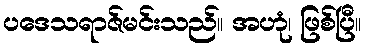
ပဒေသရာဇ်မင်းသည်။ အဟုံ၊ ဖြစ်ပြီ။